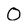
Character: 0